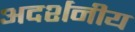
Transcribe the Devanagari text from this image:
अदर्शनीय